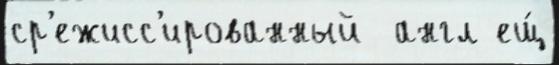
ср'ежисс'ированный  англ ещ́